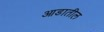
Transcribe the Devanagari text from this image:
आडातील